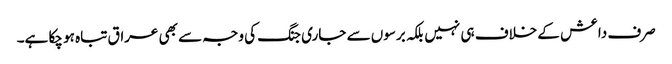
صرف داعش کے خلاف ہی نہیں بلکہ برسوں سے جاری جنگ کی وجہ سے بھی عراق تباہ ہو چکا ہے۔